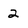
Character: 2